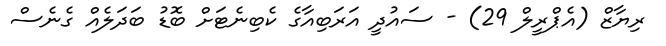
ރިޔާޒް (އެޕްރީލް 29) - ސައުދީ އަރަބިއާގެ ކެބިނެޓަށް ބޮޑު ބަދަލެެއް ގެނެސް